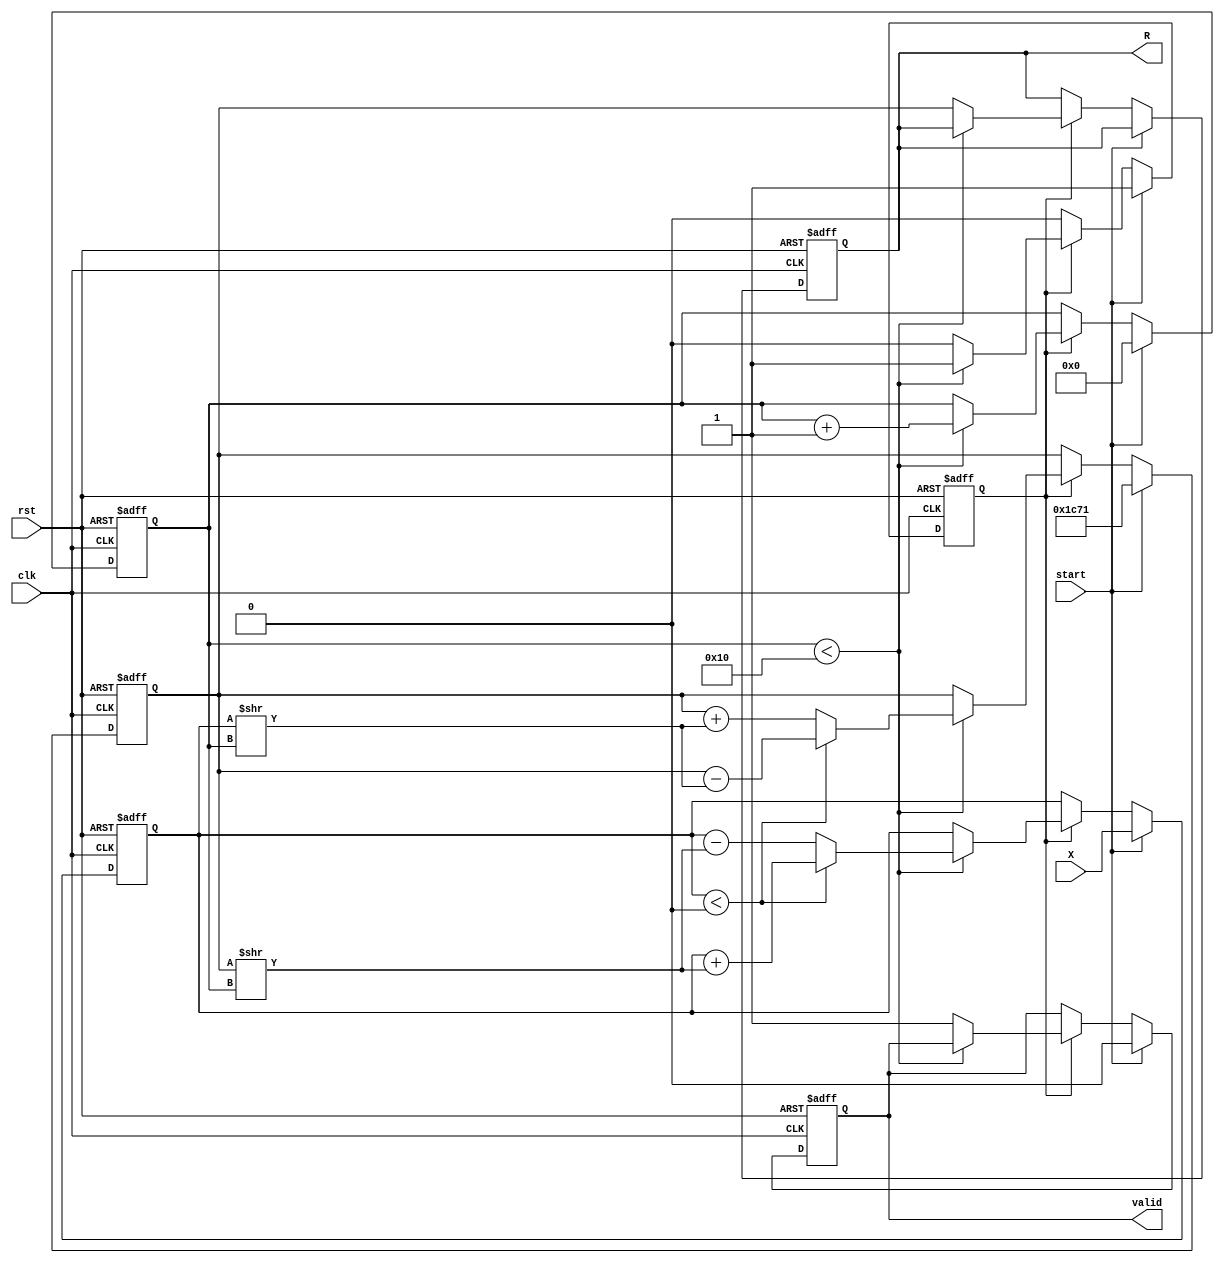
module cordic_reciprocal #(
    parameter N = 16, // Input width
    parameter M = 16, // Output width
    parameter ITERATIONS = 16 // Number of CORDIC iterations
)(
    input wire clk,
    input wire rst,
    input wire start,
    input wire [N-1:0] X, // Input fixed-point number
    output reg [M-1:0] R, // Output fixed-point reciprocal
    output reg valid // Output valid signal
);

    // Internal signals
    reg [N-1:0] x_curr, y_curr; // Current x and y values
    reg [M-1:0] z_curr; // Current z value (angle)
    reg [4:0] iter; // Iteration counter
    reg [M-1:0] K; // Scaling factor (precomputed)
    reg computing; // Computing state

    // Predefined CORDIC angles (in radians)
    reg [M-1:0] angles [0:ITERATIONS-1];

    initial begin
        // Initialize CORDIC angles
        angles[0] = 16'h1C71; // atan(2^-0)
        angles[1] = 16'h1B74; // atan(2^-1)
        angles[2] = 16'h1A3D; // atan(2^-2)
        angles[3] = 16'h189F; // atan(2^-3)
        angles[4] = 16'h1784; // atan(2^-4)
        angles[5] = 16'h1661; // atan(2^-5)
        angles[6] = 16'h1554; // atan(2^-6)
        angles[7] = 16'h1448; // atan(2^-7)
        angles[8] = 16'h1343; // atan(2^-8)
        angles[9] = 16'h1243; // atan(2^-9)
        angles[10] = 16'h1146; // atan(2^-10)
        angles[11] = 16'h104C; // atan(2^-11)
        angles[12] = 16'h0F54; // atan(2^-12)
        angles[13] = 16'h0E67; // atan(2^-13)
        angles[14] = 16'h0D83; // atan(2^-14)
        angles[15] = 16'h0CA8; // atan(2^-15)

        // Precompute scaling factor (K)
        K = 16'h1C71; // Approximate scaling factor for 16 iterations
    end

    // State machine for computation
    always @(posedge clk or posedge rst) begin
        if (rst) begin
            R <= 0;
            valid <= 0;
            iter <= 0;
            computing <= 0;
            x_curr <= 0;
            y_curr <= 0;
            z_curr <= 0;
        end else begin
            if (start) begin
                // Initialize values
                x_curr <= X;
                y_curr <= K; // Initial approximation of reciprocal
                z_curr <= 0;
                iter <= 0;
                computing <= 1;
                valid <= 0;
            end else if (computing) begin
                if (iter < ITERATIONS) begin
                    // CORDIC iteration
                    if (x_curr < 0) begin
                        x_curr <= x_curr + (y_curr >> iter);
                        y_curr <= y_curr - (x_curr >> iter);
                        z_curr <= z_curr - angles[iter];
                    end else begin
                        x_curr <= x_curr - (y_curr >> iter);
                        y_curr <= y_curr + (x_curr >> iter);
                        z_curr <= z_curr + angles[iter];
                    end
                    iter <= iter + 1;
                end else begin
                    // Final scaling and output
                    R <= y_curr; // The reciprocal result
                    valid <= 1; // Indicate output is valid
                    computing <= 0; // End computation
                end
            end
        end
    end

endmodule